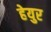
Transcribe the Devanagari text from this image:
हेयुर